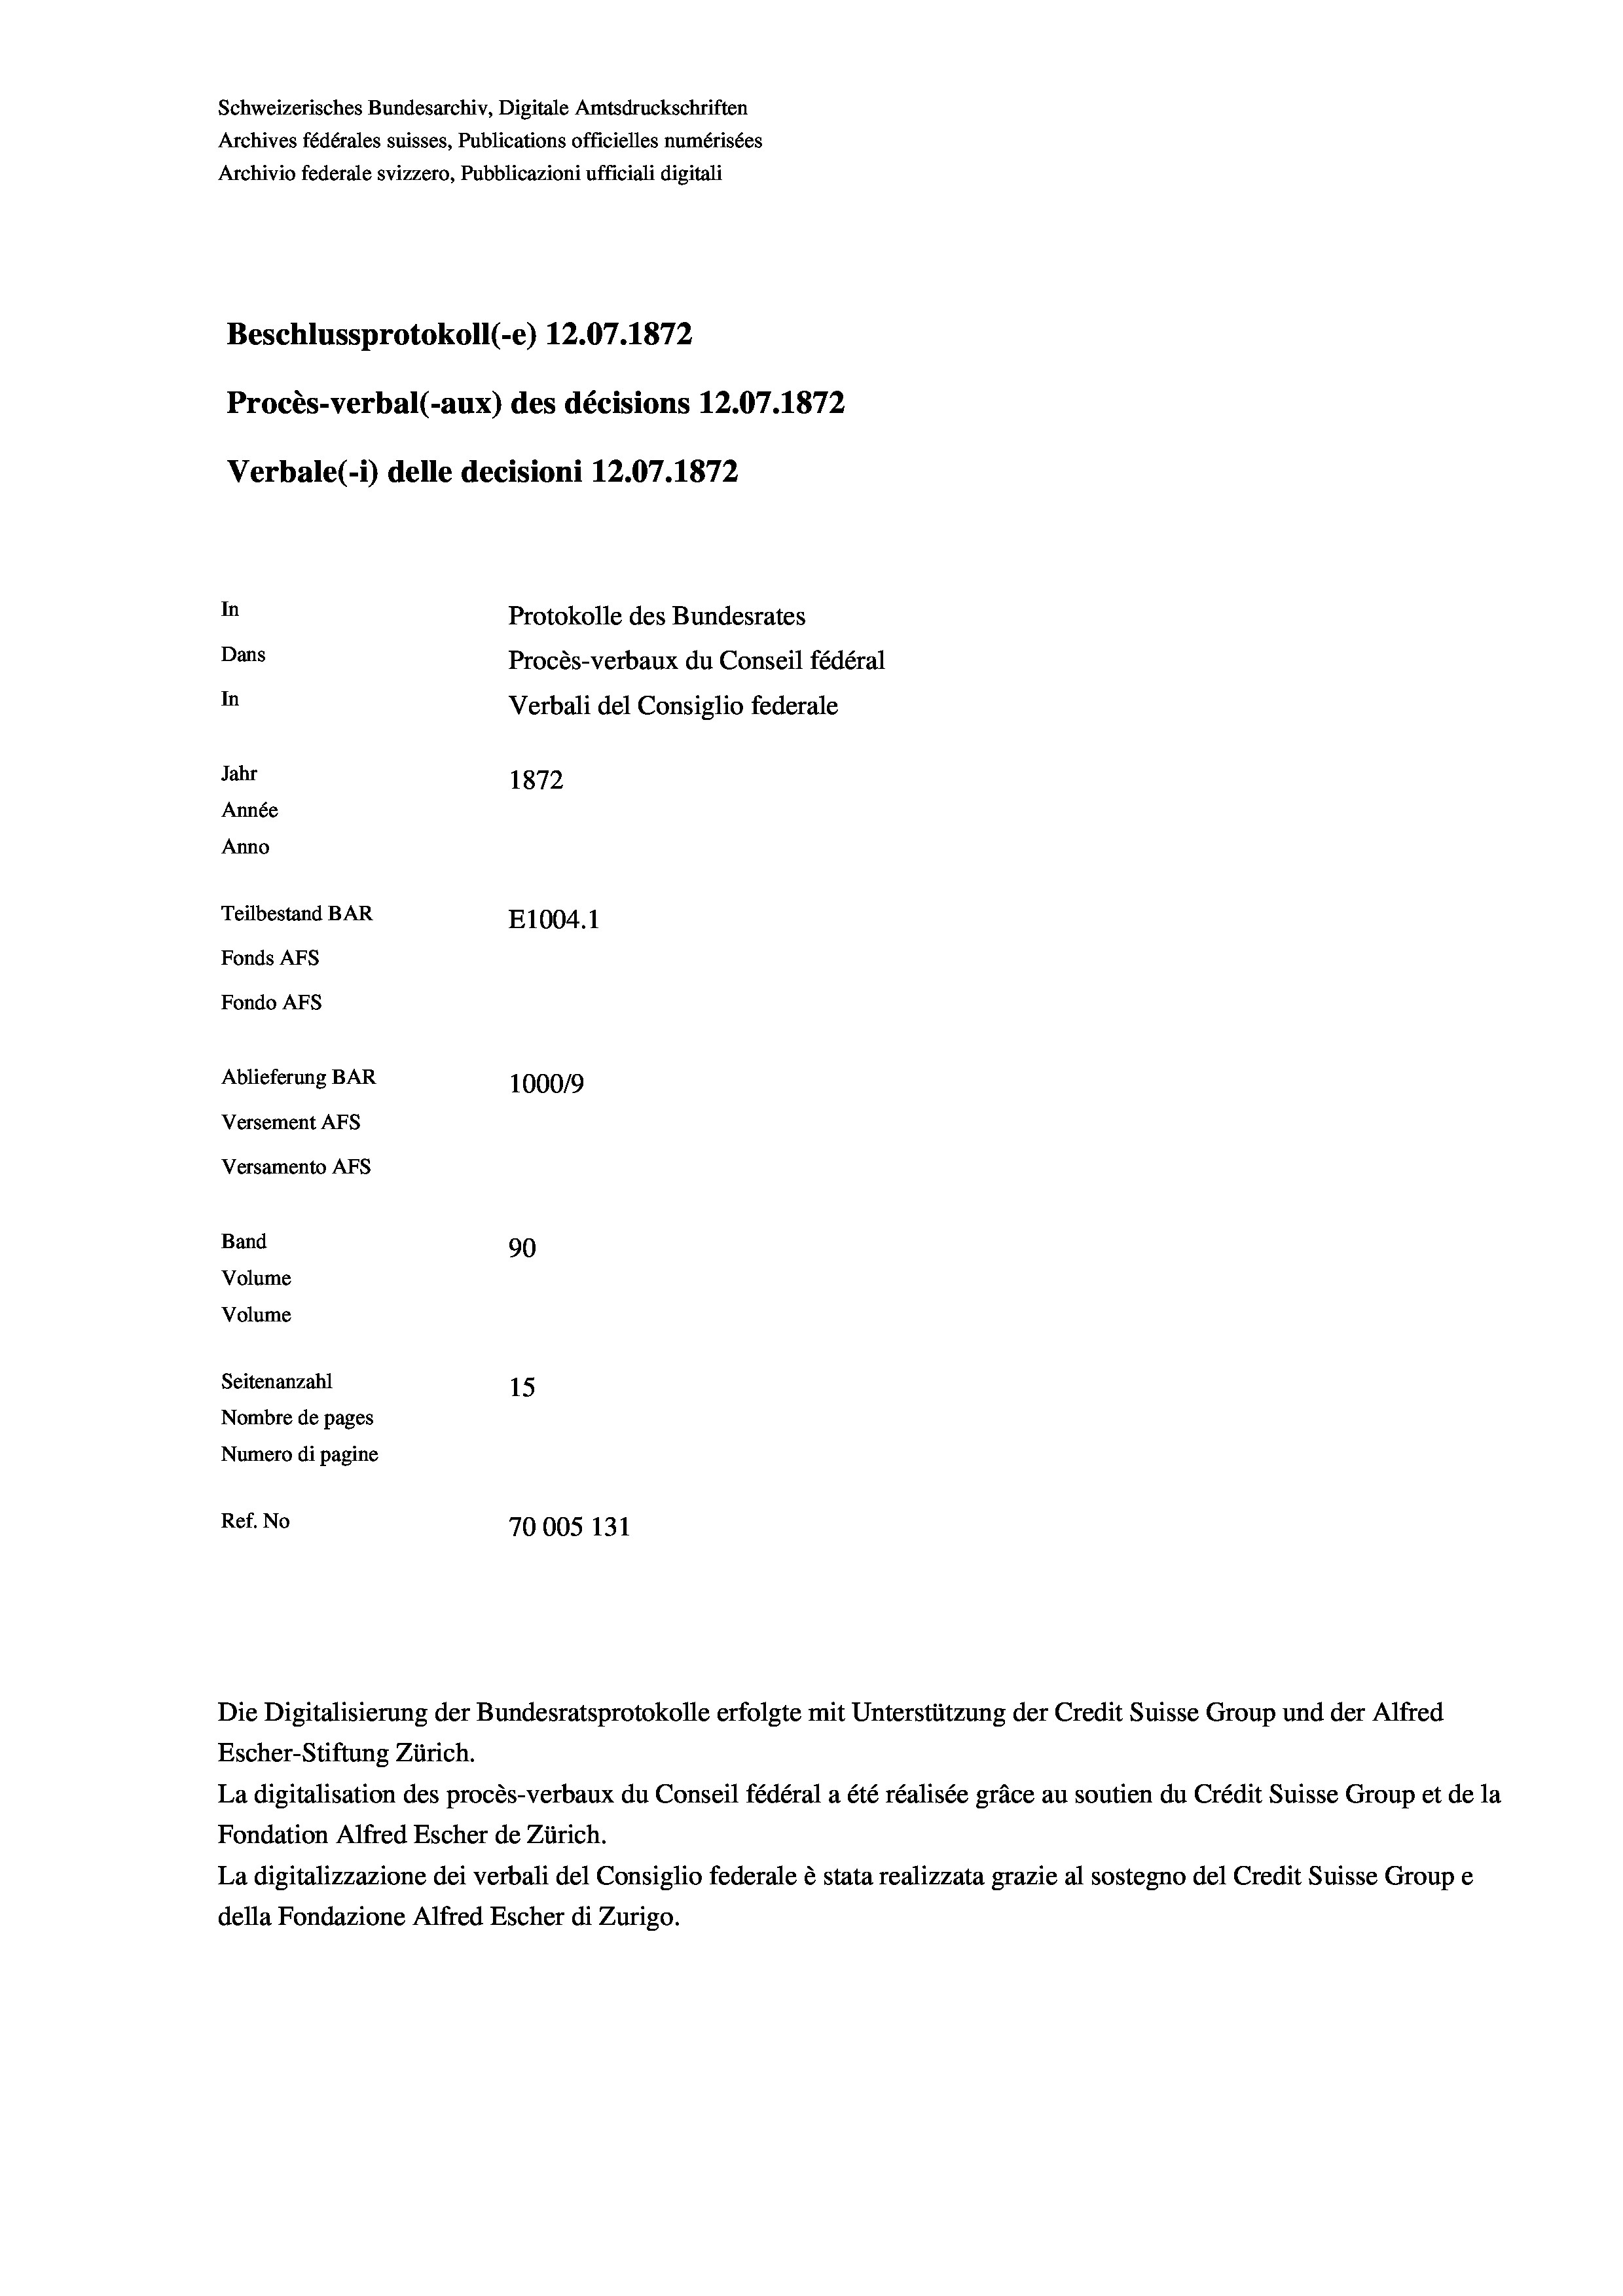
Schweizerisches Bundesarchiv, Digitale Amtsdruckschriften
Archives fédérales suisses, Publications officielles numérisées
Archivio federale svizzero, Pubblicazioni ufficiali digitali
Beschlussprotokoll (-e) 12.07. 1872
Procès-verbal (-aux) des décisions 12.07. 1872
Verbale (1) delle decisioni 12.07. 1872
In
Protokolle des Bundesrates
Dans
Procès-verbaux du Conseil fédéral
In
Verbali del Consiglio federale
Jahr
1872
Année
Anno
Teilbestand BAR
E1004.1
Fonds AFs
Fondo AFs
Ablieferung BAR
100019
Versement AFS

Band
Volume
Volume

Versamento AFs

90
Seitenanzahl
15
Nombre de pages
Numero di pagine
Ref. No
70005 131

Die Digitalisierung der Bundesratsprotokolle erfolgte mit Unterstützung der Credit Suisse Group und der Alfred
Escher-Stiftung Zürich.
La digitalisation des procès-verbaux du Conseil fédéral a été réalisée gräce au soutien du Crédit Suisse Group et de la
Fondation Alfred Escher de Zürich.
La digitalizzazione dei verbali del Consiglio federale è stata realizzata grazie al sostegno del Credit Suisse Groupe
della Fondazione Alfred Escher di Zurigo.